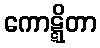
ကောဋ္ဋိတာ